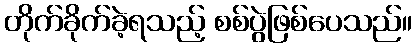
တိုက်ခိုက်ခဲ့ရသည့် စစ်ပွဲဖြစ်ပေသည်။